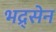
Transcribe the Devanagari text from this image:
भद्र्सेन